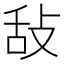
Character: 𢼤